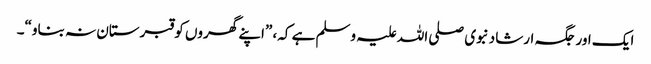
ایک اور جگہ ارشاد نبوی صلی اللہ علیہ وسلم ہے کہ، ”اپنے گھروں کو قبرستان نہ بناو“۔